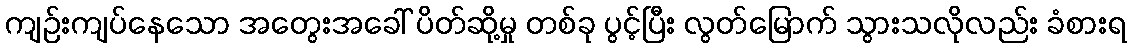
ကျဉ်းကျပ်နေသော အတွေးအခေါ် ပိတ်ဆို့မှု တစ်ခု ပွင့်ပြီး လွတ်မြောက် သွားသလိုလည်း ခံစားရ